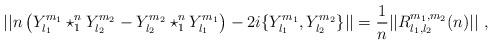
LaTeX: \begin{align*} ||n\left( Y_{l_{1}}^{m_{1}}\star_{1}^{n}Y_{l_{2}}^{m_{2}}-Y_{l_{2}}^{m_{2}}\star_{1}^{n}Y_{l_{1}}^{m_{1}}\right) - 2i\{Y_{l_{1}}^{m_{1}},Y_{l_{2}}^{m_{2}}\} || = \frac{1}{n}||R^{m_{1},m_{2}}_{l_{1},l_{2}}(n)|| \ , \end{align*}